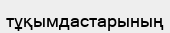
тұқымдастарының